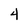
Character: 4